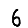
Digit: 6